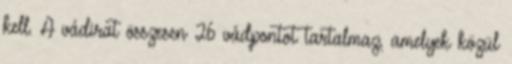
kell. A vádirat összesen 26 vádpontot tartalmaz, amelyek közül